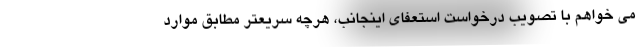
می خواهم با تصویب درخواست استعفای اینجانب، هرچه سریعتر مطابق موارد